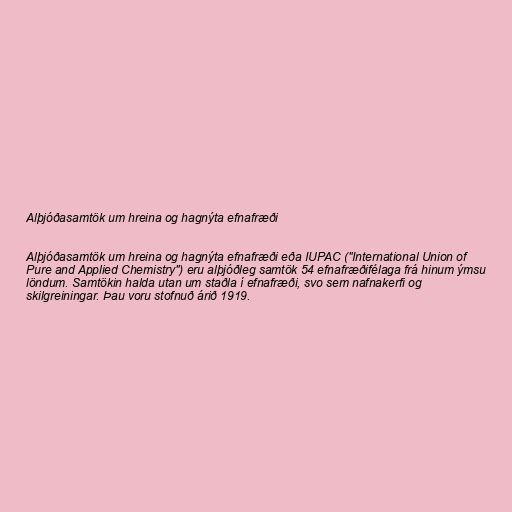
Alþjóðasamtök um hreina og hagnýta efnafræði

Alþjóðasamtök um hreina og hagnýta efnafræði eða IUPAC ("International Union of
Pure and Applied Chemistry") eru alþjóðleg samtök 54 efnafræðifélaga frá hinum ýmsu
löndum. Samtökin halda utan um staðla í efnafræði, svo sem nafnakerfi og
skilgreiningar. Þau voru stofnuð árið 1919.